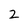
Character: 2